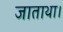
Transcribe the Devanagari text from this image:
जाताथा।